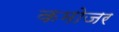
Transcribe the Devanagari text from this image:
कमोजर